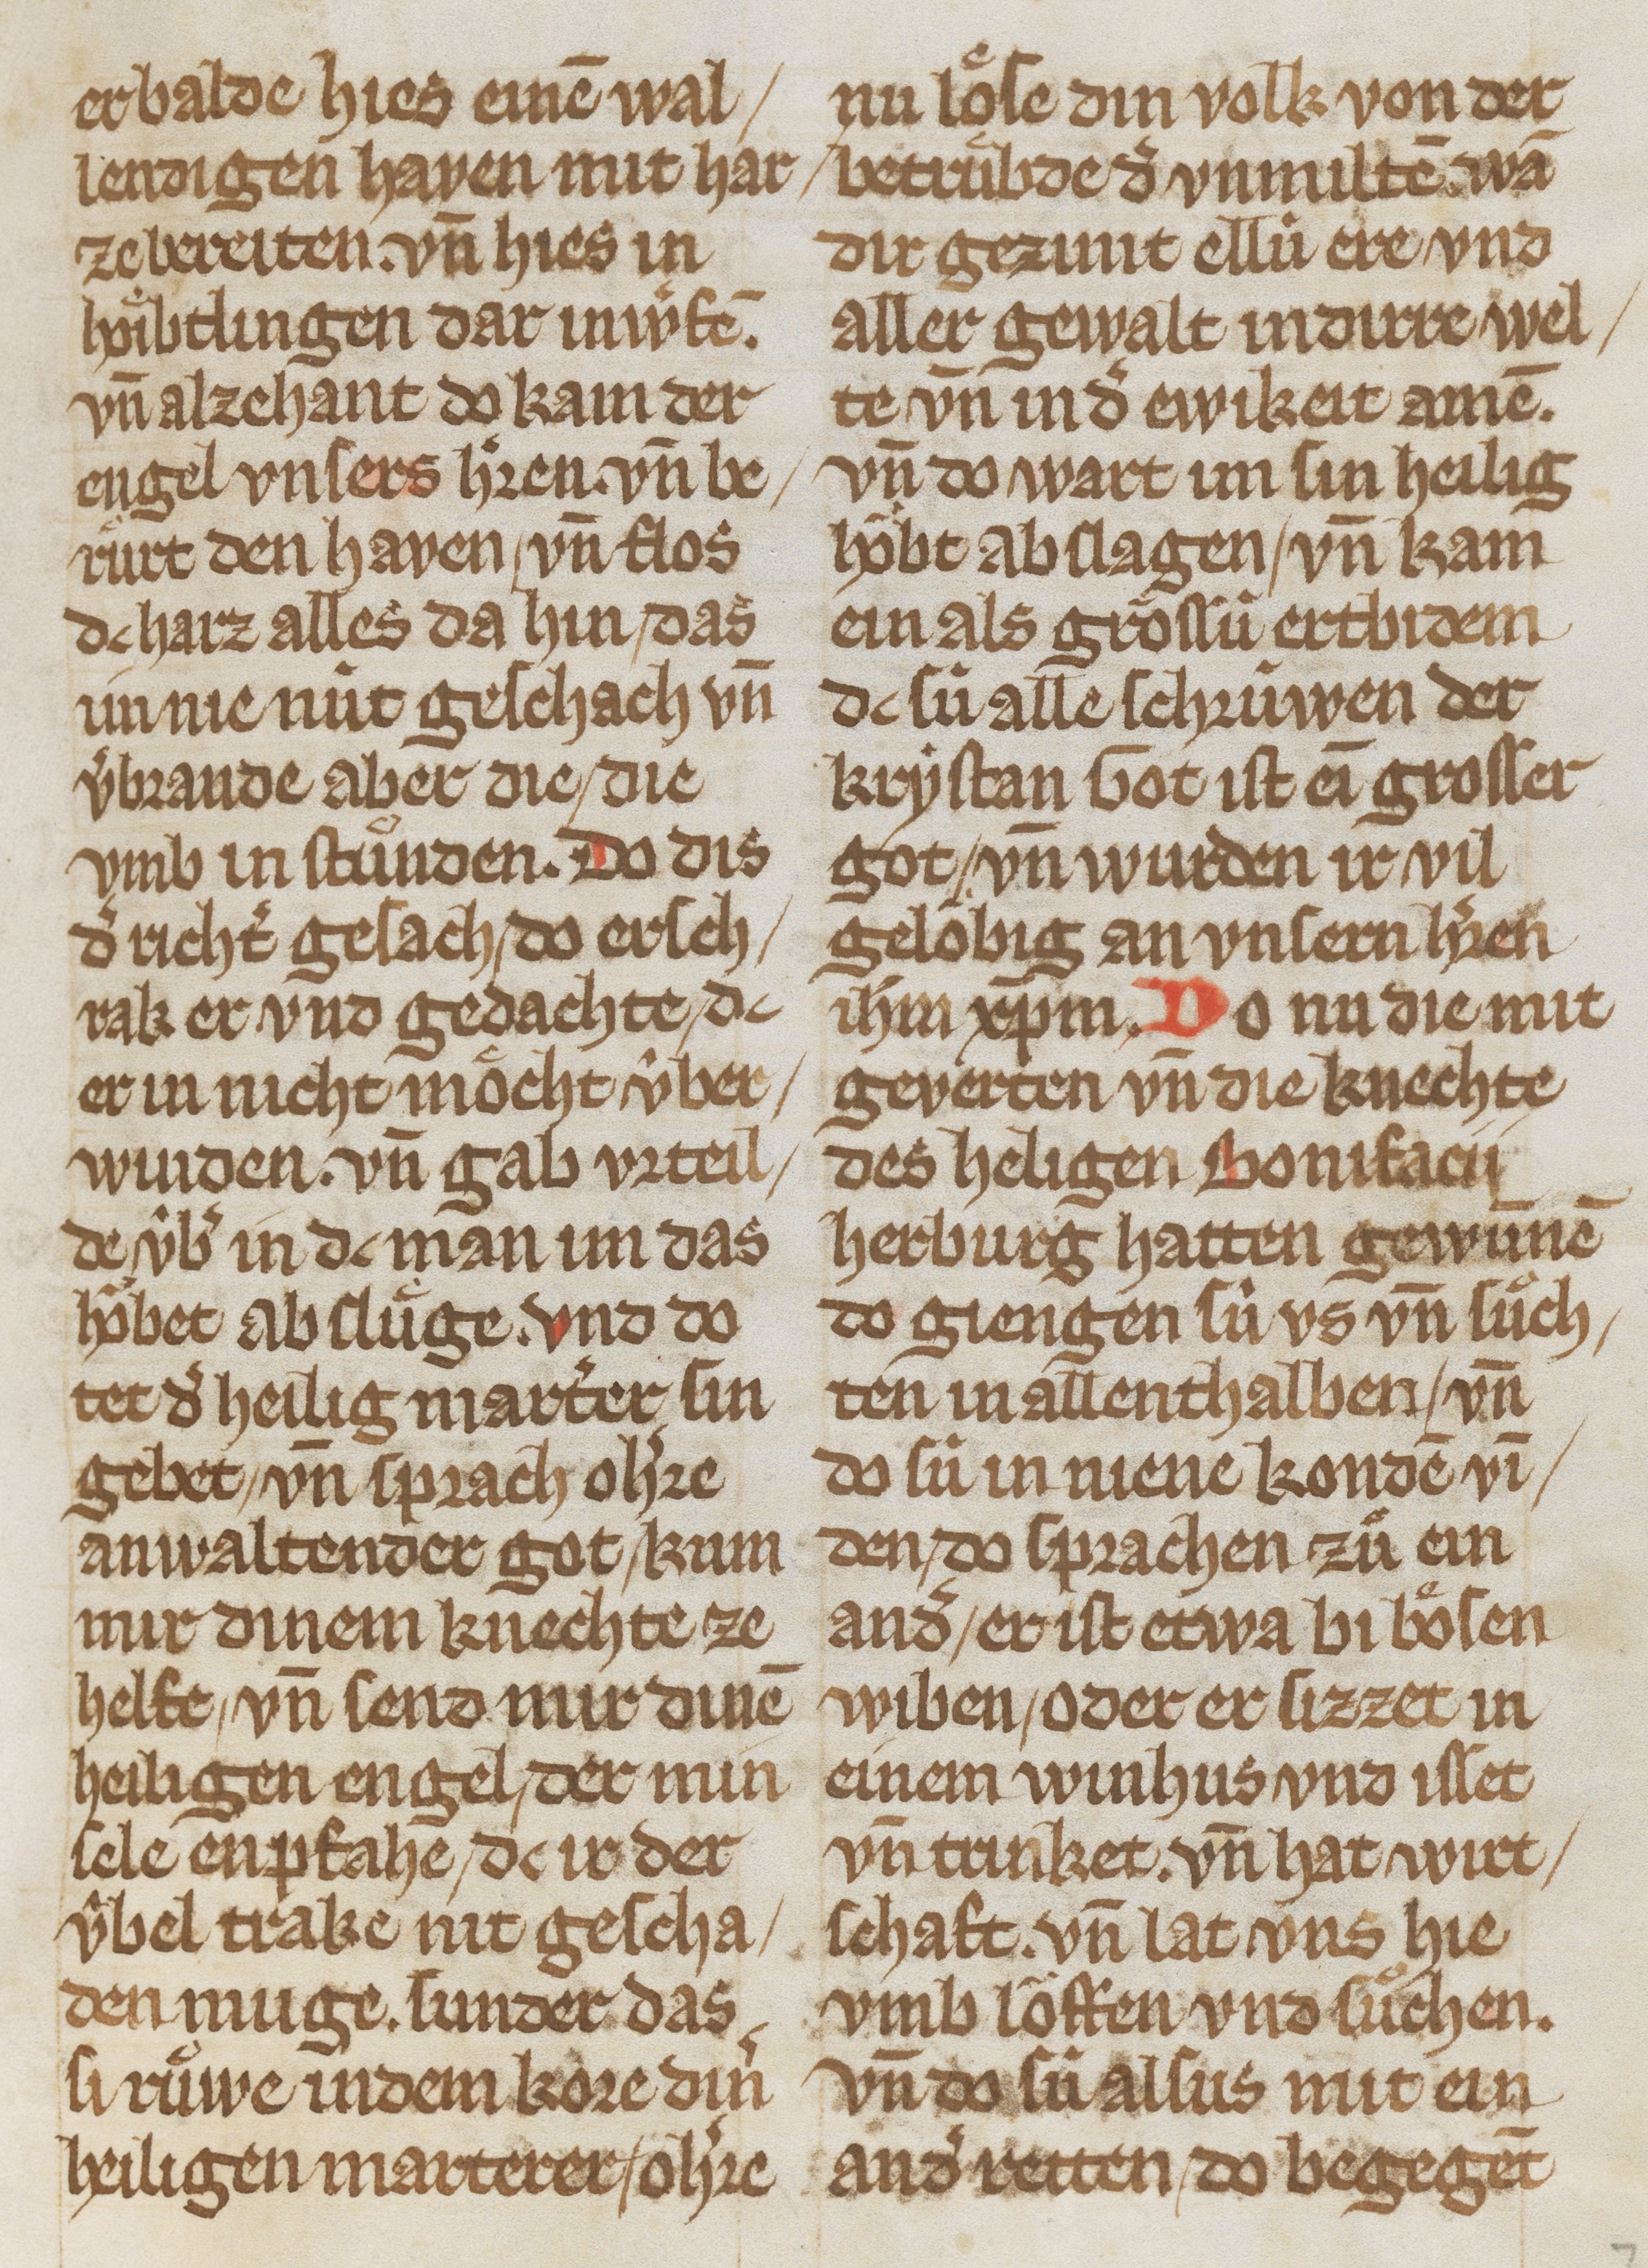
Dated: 1325–1349